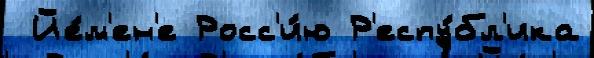
 Йе́м'ен'е Росс'и́ю Р'еспу́бл'ика